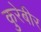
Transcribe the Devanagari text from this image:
कुरेबीर